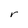
Character: r